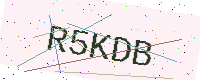
Text: R5KDB